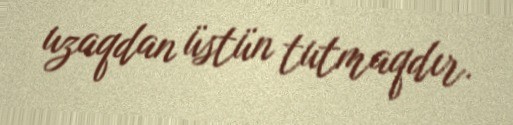
uzaqdan üstün tutmaqdır.